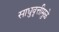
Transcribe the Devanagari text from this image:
साधुवृत्तीमुळे